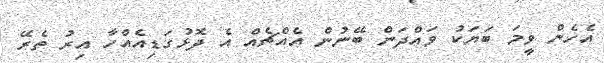
އެހެން ވީމަ ބަޔަކު ވައްދަން ބޭނުން އެއްޗެއް އެ ދޮޅުގަޑިއެއްހާ އިރު ތެރޭ